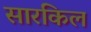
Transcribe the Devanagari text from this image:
सारकिल